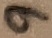
Text: 9